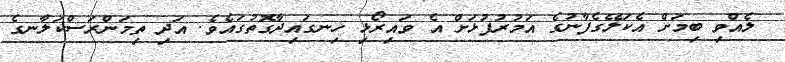
ލެއްވި ބިމަށް އެކަލޭގެފާނުގެ އަމުރުފުޅަށް އެ ވައިރޯޅި ހިނގައިދާގޮތުގައެވެ. އަދި ތިމަންރަސްކަލާނގެ